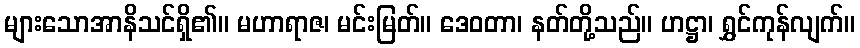
များသောအာနိသင်ရှိ၏။ မဟာရာဇ၊ မင်းမြတ်။ ဒေဝတာ၊ နတ်တို့သည်။ ဟဋ္ဌာ၊ ရွှင်ကုန်လျက်။